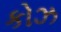
કોઝ